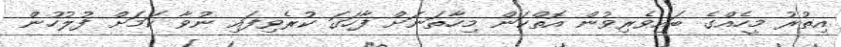
އިތުރު މީހެއްގެ ބައިވެރިވުން އޮތްކަން މިހާތަނަށް ފާހަގަ ކުރެވިފައި ނުވާ ކަމަށް ފުލުހުން